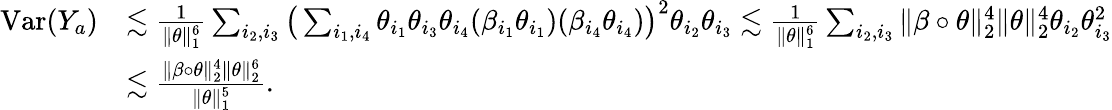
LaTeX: \begin{array}{rl}{\mathrm{Var}(Y_{a})}&{\lesssim\frac{1}{\| \theta\| _{1}^{6}}\sum_{i_{2},i_{3}}\big(\sum_{i_{1},i_{4}}\theta_{i_{1}}\theta_{i_{3}}\theta_{i_{4}}(\beta_{i_{1}}\theta_{i_{1}})(\beta_{i_{4}}\theta_{i_{4}})\big)^{2}\theta_{i_{2}}\theta_{i_{3}}\lesssim\frac{1}{\| \theta\| _{1}^{6}}\sum_{i_{2},i_{3}}\| \beta\circ\theta\| _{2}^{4}\| \theta\| _{2}^{4}\theta_{i_{2}}\theta_{i_{3}}^{2}}\\ &{\lesssim\frac{\| \beta\circ\theta\| _{2}^{4}\| \theta\| _{2}^{6}}{\| \theta\| _{1}^{5}}.}\end{array}